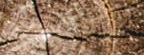
help wanted